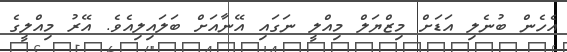
އެހެން ބުނެލި އަޑަށް މިޒްޔަލް މިއްލީ ނަގައި އޭނާއަށް ބަލައިލިއެވެ. އޭރު މިއްލީގެ